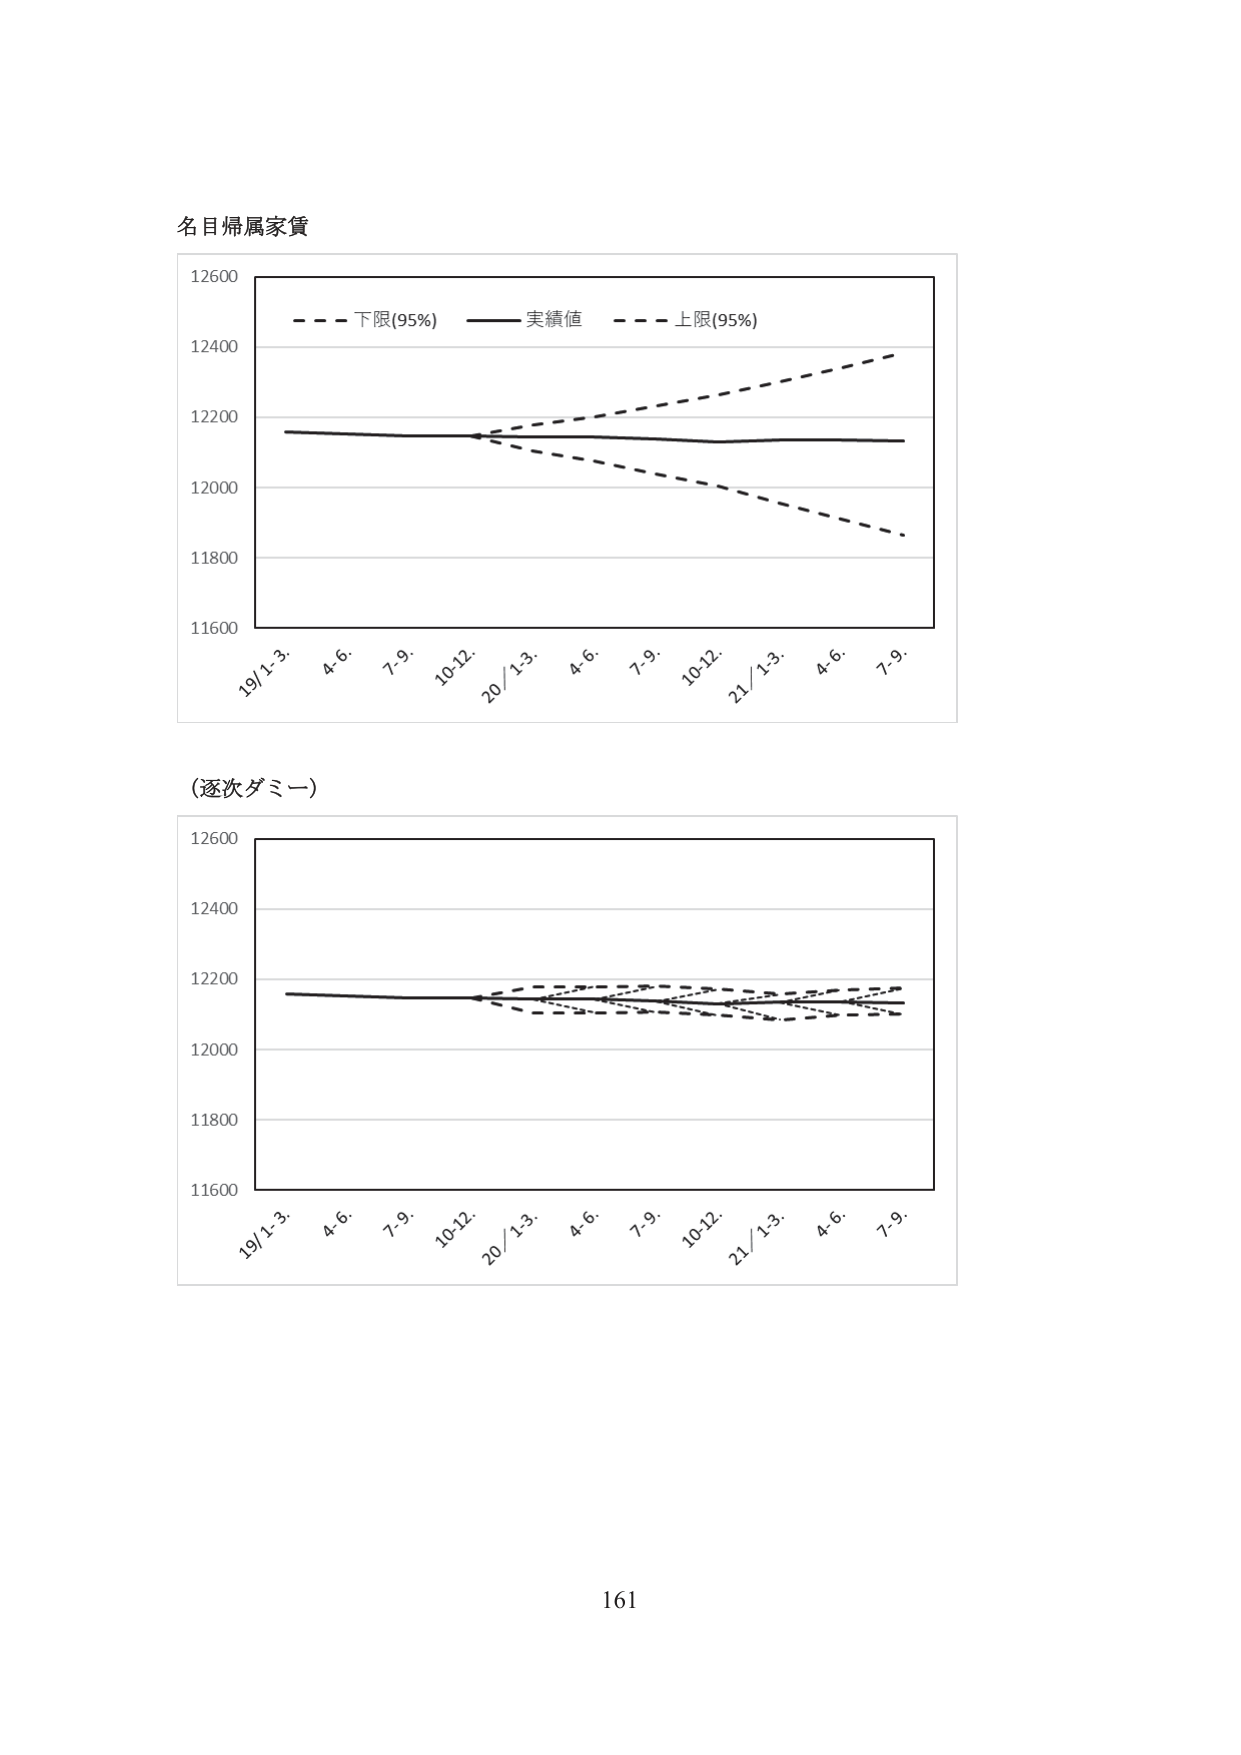
名目帰属家賃

12600
12400
12200
12000
11800
11600

19/1.3. 4.6. 7.9. 10.12. 20/1.3. 4.6. 7.9. 10.12. 21/1.3. 4.6. 7.9.

- - - 下限(95%) —— 実績値 - - - 上限(95%)

(逐次ダミー)

12600
12400
12200
12000
11800
11600

19/1.3. 4.6. 7.9. 10.12. 20/1.3. 4.6. 7.9. 10.12. 21/1.3. 4.6. 7.9.

161